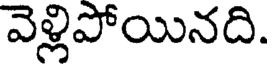
వెళ్లిపోయినది.